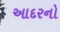
આદરનો